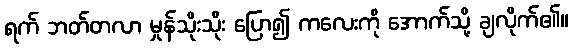
ရက် ဘတ်တလာ မှုန်သိုးသိုး ပြော၍ ကလေးကို အောက်သို့ ချလိုက်၏။